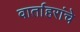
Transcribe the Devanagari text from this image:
वार्ताहरांचे